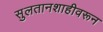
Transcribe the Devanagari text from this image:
सुलतानशाहीवरून